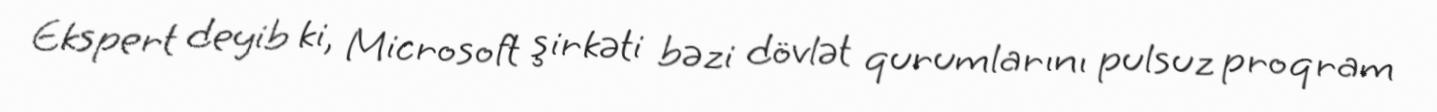
Ekspert deyib ki, Microsoft şirkəti bəzi dövlət qurumlarını pulsuz proqram